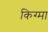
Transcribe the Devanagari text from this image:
किग्मा